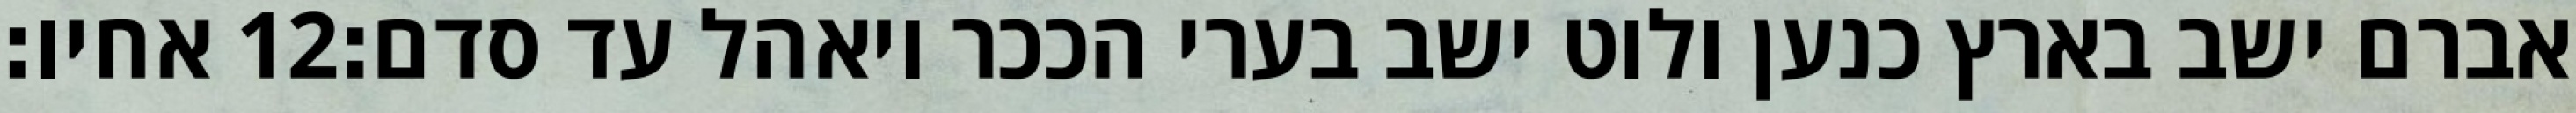
אחיו׃ ‎12‏ אברם ישב בארץ כנען ולוט ישב בערי הככר ויאהל עד סדם׃